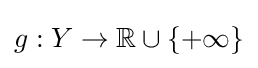
g:Y\to \mathbb {R} \cup \{+\infty \}